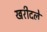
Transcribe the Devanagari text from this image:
खरीदले